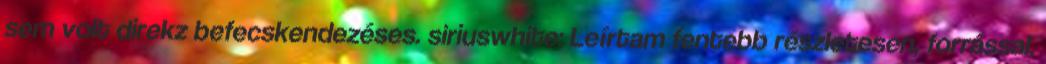
sem volt direkz befecskendezéses. siriuswhite: Leírtam fentebb részletesen, forrással.